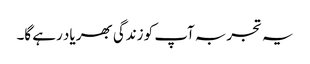
یہ تجربہ آپ کو زندگی بھر یاد رہے گا۔